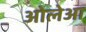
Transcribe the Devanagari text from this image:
ओलेआ